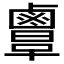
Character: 𪉲